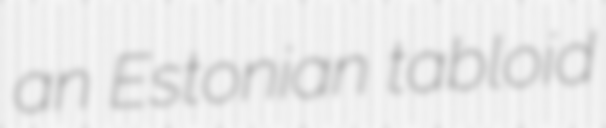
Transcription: an Estonian tabloid